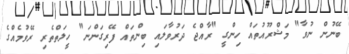
ބޭނުން ނުވާ" މަޝްރޫއުތައް ހިންގީ "ރާއްޖެ ދަރުވާލައި ބިންތައް ފޭރިގަންނަ" ހީލަތްތެރި ރޭވުމެއްގެ